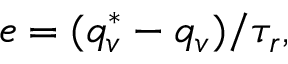
e = ( q _ { v } ^ { * } - q _ { v } ) / \tau _ { r } ,